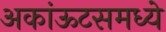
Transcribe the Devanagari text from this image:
अकांऊटसमध्ये